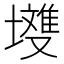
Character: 𭏽